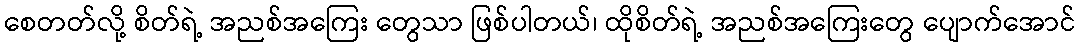
စေတတ်လို့ စိတ်ရဲ့ အညစ်အကြေး တွေသာ ဖြစ်ပါတယ်၊ ထိုစိတ်ရဲ့ အညစ်အကြေးတွေ ပျောက်အောင်